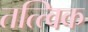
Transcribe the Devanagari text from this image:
तत्त्विक